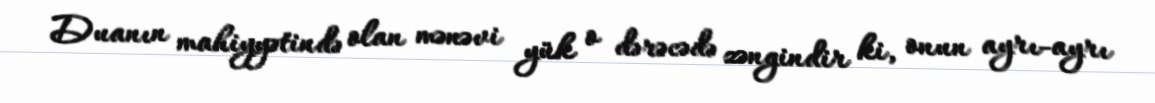
Duanın mahiyyətində olan mənəvi yük o dərəcədə zəngindir ki, onun ayrı-ayrı